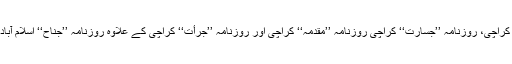
یہ کالم روزنامہ ’’نوائے وقت‘‘ کراچی، روزنامہ ’’جسارت‘‘ کراچی روزنامہ ’’مقدمہ‘‘ کراچی اور روزنامہ ’’جرأت‘‘ کراچی کے علاوہ روزنامہ ’’جناح‘‘ اسلام آباد میں مسلسل چھپتے رہے تھے۔